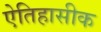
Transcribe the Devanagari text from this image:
एेतिहासीक